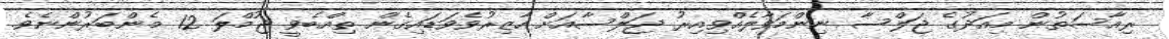
ރިއާސަތުން މިއަދުގެ ޖަލްސާ ނިންމަވާލެއްވިއިރު ޖަލްސާއަށް ހާޒިރުވެވަޑައިގެން ތިއްބެވީ ޖުމްލަ 12 މެންބަރުންނެވެ.